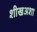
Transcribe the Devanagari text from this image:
शीखअशा